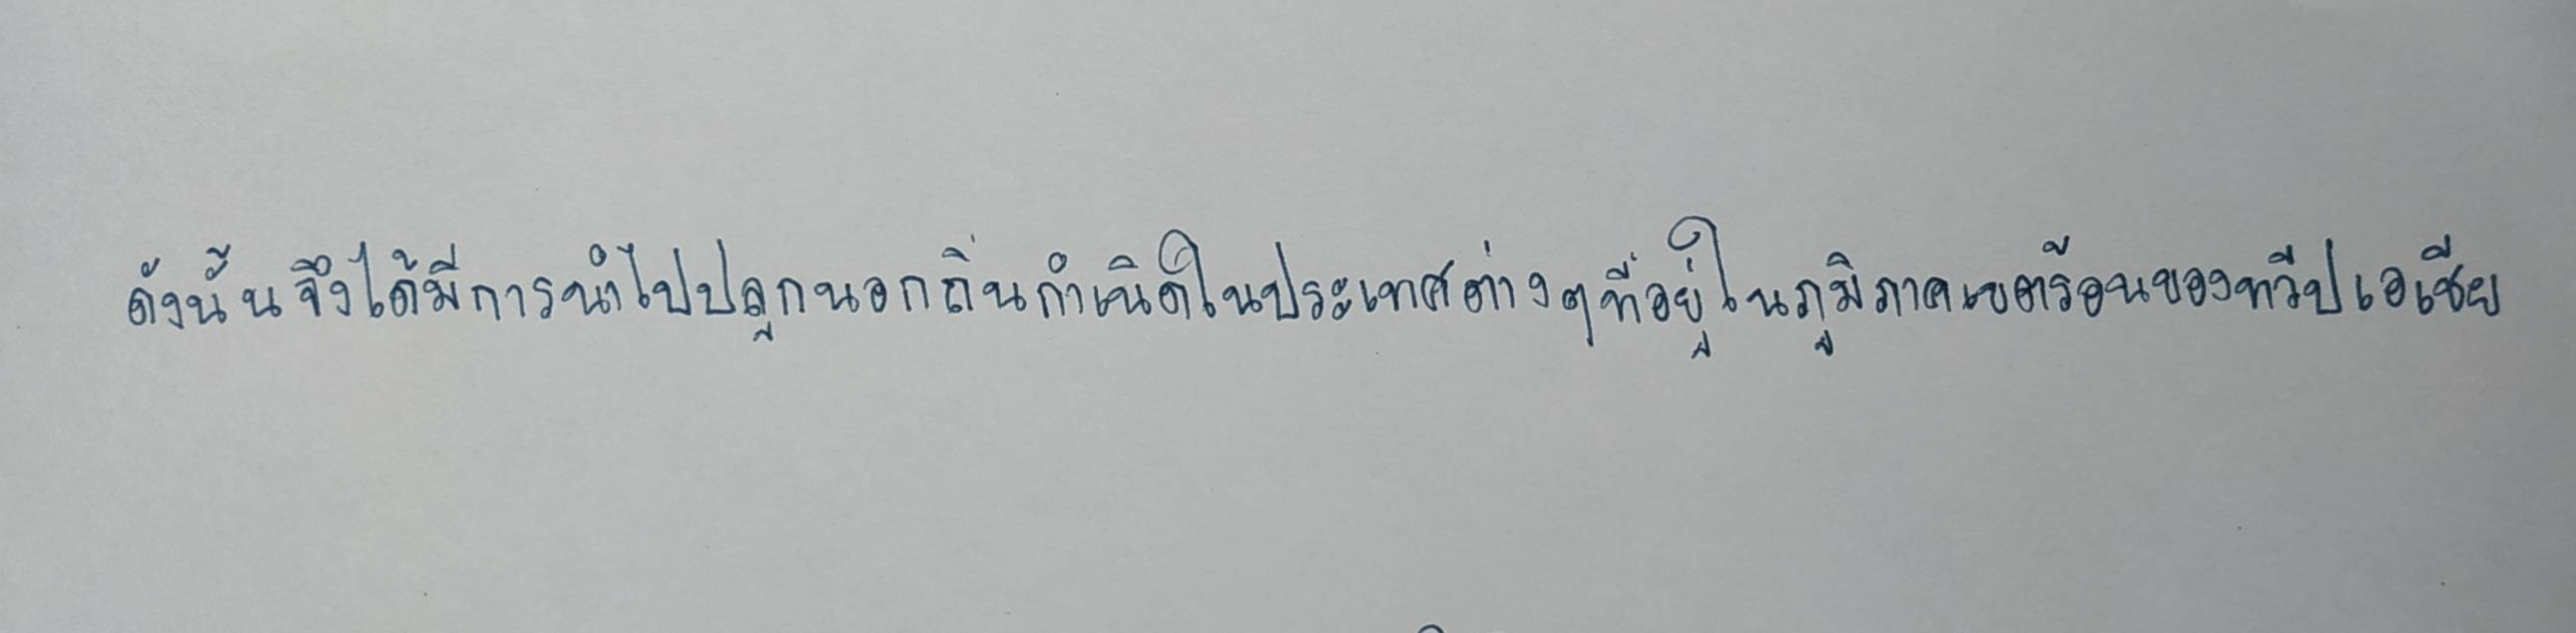
ดังนั้นจึงได้มีการนำไปปลูกนอกถิ่นกำเนิดในประเทศต่างๆที่อยู่ในภูมิภาคเขตร้อนของทวีปเอเชีย